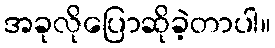
အခုလိုပြောဆိုခဲ့တာပါ။